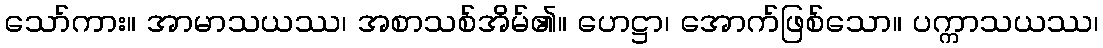
သော်ကား။ အာမာသယဿ၊ အစာသစ်အိမ်၏။ ဟေဋ္ဌာ၊ အောက်ဖြစ်သော။ ပက္ကာသယဿ၊